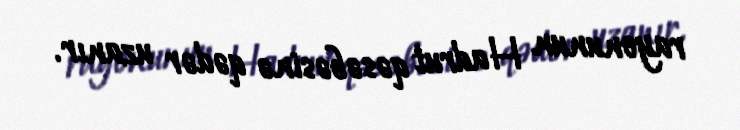
rayonunun Hadrut qəsəbəsinə qədər uzanır.